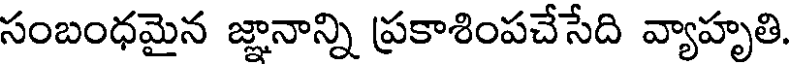
సంబంధమైన జ్ఞానాన్ని ప్రకాశింపచేసేది వ్యాహృతి.